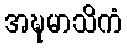
အဍ္ဎမာသိကံ